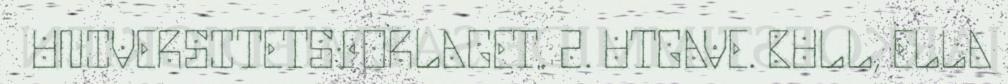
UNIVERSITETSFORLAGET. 2. UTGAVE. BULL, ELLA